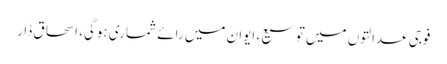
فوجی عدالتوں میں‌ توسیع، ایوان میں رائے شماری ہوگی، اسحاق ڈار